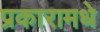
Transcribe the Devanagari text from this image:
प्रकारामधे